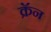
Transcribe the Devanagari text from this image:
क्रॅन